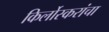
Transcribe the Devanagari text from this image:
किर्लोस्करांचा